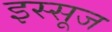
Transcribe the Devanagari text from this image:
इस्सूज